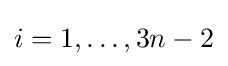
i=1,\ldots ,3n-2